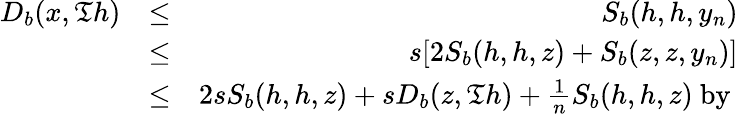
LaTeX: \begin{array}{rlr}{D_{b}(x,\mathfrak{T}h)}&{\leq}&{S_{b}(h,h,y_{n})}\\ &{\leq}&{s[2S_{b}(h,h,z)+S_{b}(z,z,y_{n})]}\\ &{\leq}&{2sS_{b}(h,h,z)+sD_{b}(z,\mathfrak{T}h)+\frac{1}{n}S_{b}(h,h,z)~\mathrm{by~}}\end{array}